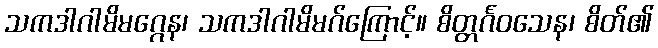
သကဒါဂါမိမဂ္ဂေန၊ သကဒါဂါမိမဂ်ကြောင့်။ စိတ္တင်္ဂဝသေန၊ စိတ်၏